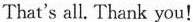
That's all.Thank you！